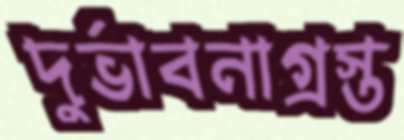
দুর্ভাবনাগ্রস্ত